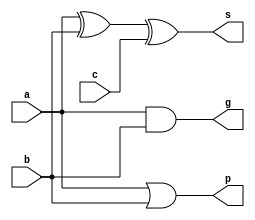
module CarryLookaheadCell(a,b,c,s,g,p);
input a,b,c;
output g,p,s;
and and0(g, a, b);
or or0(p, a, b);
xor xor0(s, a, b, c);
endmodule